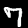
Digit: 7